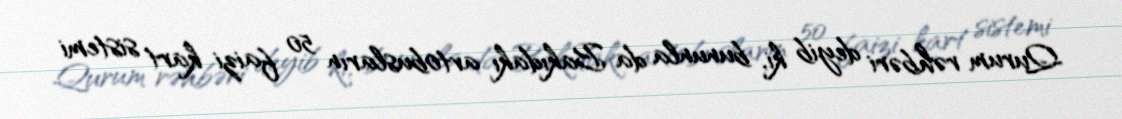
Qurum rəhbəri deyib ki, bununla da Bakıdakı avtobusların 50 faizi kart sistemi